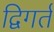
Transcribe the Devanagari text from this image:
द्विगर्त